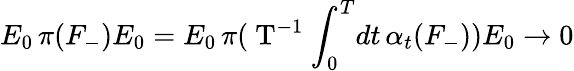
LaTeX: E_{0}\, \pi({F}_{-})E_{0}=E_{0}\, \pi(\mathrm{~T^{-1}~}\! \int_{0}^{T}\! dt\, \alpha_{t}(F_{-}))E_{0}\rightarrow 0